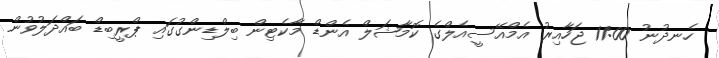
ހެނދުނު 11:00 ޖަހާއިރު އެމްއޭސީއެލްގެ ކޮމާޝަލް އެންޑް މާކެޓިން ބިލްޑިންގުގައި ޕްރީބިޑް ބައްދަލުވުން